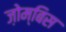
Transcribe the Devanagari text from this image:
ज़ोम्बिस